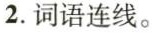
2.词语连线。